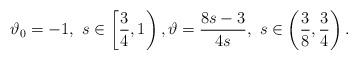
LaTeX: \begin{align*} \vartheta_0 = -1, \ s \in \left[ \frac34, 1 \right), \vartheta = \frac{8s-3}{4s}, \ s \in \left( \frac38, \frac34 \right). \end{align*}